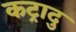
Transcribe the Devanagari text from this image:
कट्रादु